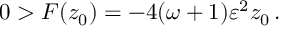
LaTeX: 0 > F ( z _ { 0 } ) = - 4 ( \omega + 1 ) \varepsilon ^ { 2 } z _ { 0 } \, .